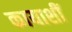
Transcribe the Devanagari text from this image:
कायाशीं